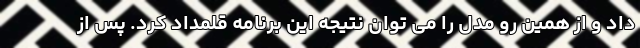
داد و از همین رو مدل را می توان نتیجه این برنامه قلمداد کرد. پس از